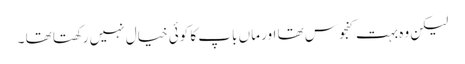
لیکن وہ بہت کنجوس تھا اور ماں باپ کا کوئی خیال نہیں رکھتا تھا ۔